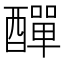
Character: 𨢿